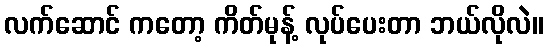
လက်ဆောင် ကတော့ ကိတ်မုန့် လုပ်ပေးတာ ဘယ်လိုလဲ။